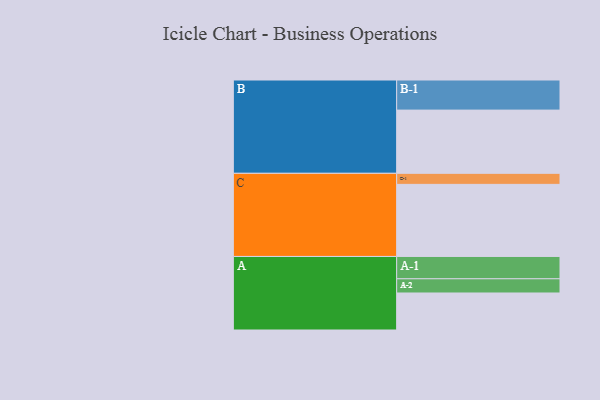
{"axis": {"x": "Segment", "y": "Value"}, "legend": ["", "A", "B", "C"], "data": [{"x": "A", "y": 305, "type": ""}, {"x": "B", "y": 521, "type": ""}, {"x": "C", "y": 594, "type": ""}, {"x": "A-1", "y": 184, "type": "A"}, {"x": "A-2", "y": 117, "type": "A"}, {"x": "B-1", "y": 248, "type": "B"}, {"x": "C-1", "y": 91, "type": "C"}]}